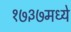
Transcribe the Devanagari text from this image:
१७३७मध्ये